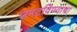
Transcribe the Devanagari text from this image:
उमटविण्याचा